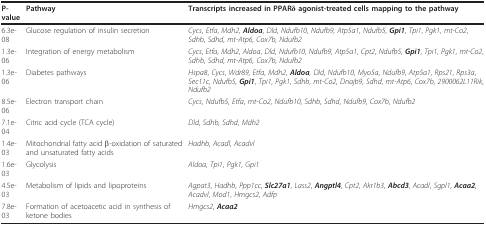
<table><thead><tr><td><b>P-value</b></td><td><b>Pathway</b></td><td><b>Transcripts increased in PPARδ agonist-treated cells mapping to the pathway</b></td></tr></thead><tbody><tr><td>6.3e-08</td><td>Glucose regulation of insulin secretion</td><td><i>Cycs</i>, <i>Etfa</i>, <i>Mdh2</i>, <i><b>Aldoa</b></i>, <i>Dld</i>, <i>Ndufb10</i>, <i>Ndufb9</i>, <i>Atp5a1</i>, <i>Ndufb5</i>, <i><b>Gpi1</b></i>, <i>Tpi1</i>, <i>Pgk1</i>, <i>mt-Co2</i>, <i>Sdhb</i>, <i>Sdhd</i>, <i>mt-Atp6</i>, <i>Cox7b</i>, <i>Ndufb2</i></td></tr><tr><td>1.3e-06</td><td>Integration of energy metabolism</td><td><i>Cycs</i>, <i>Etfa</i>, <i>Mdh2</i>, <i>Aldoa</i>, <i>Dld</i>, <i>Ndufb10</i>, <i>Ndufb9</i>, <i>Atp5a1</i>, <i>Cpt2</i>, <i>Ndufb5</i>, <i><b>Gpi1</b></i>, <i>Tpi1</i>, <i>Pgk1</i>, <i>mt-Co2</i>, <i>Sdhb</i>, <i>Sdhd</i>, <i>mt-Atp6</i>, <i>Cox7b</i>, <i>Ndufb2</i></td></tr><tr><td>1.3e-06</td><td>Diabetes pathways</td><td><i>Hspa8</i>, <i>Cycs</i>, <i>Wdr89</i>, <i>Etfa</i>, <i>Mdh2</i>, <i><b>Aldoa</b></i>, <i>Dld</i>, <i>Ndufb10</i>, <i>Myo5a</i>, <i>Ndufb9</i>, <i>Atp5a1</i>, <i>Rps21</i>, <i>Rps3a</i>, <i>Sec11c</i>, <i>Ndufb5</i>, <i><b>Gpi1</b></i>, <i>Tpi1</i>, <i>Pgk1</i>, <i>Sdhb</i>, <i>mt-Co2</i>, <i>Dnajb9</i>, <i>Sdhd</i>, <i>mt-Atp6</i>, <i>Cox7b</i>, <i>2900062L11Rik</i>, <i>Ndufb2</i></td></tr><tr><td>8.5e-06</td><td>Electron transport chain</td><td><i>Cycs</i>, <i>Ndufb5</i>, <i>Etfa</i>, <i>mt-Co2</i>, <i>Ndufb10</i>, <i>Sdhb</i>, <i>Sdhd</i>, <i>Ndufb9</i>, <i>Cox7b</i>, <i>Ndufb2</i></td></tr><tr><td>7.1e-04</td><td>Citric acid cycle (TCA cycle)</td><td><i>Dld</i>, <i>Sdhb</i>, <i>Sdhd</i>, <i>Mdh2</i></td></tr><tr><td>1.4e-03</td><td>Mitochondrial fatty acid β-oxidation of saturated and unsaturated fatty acids</td><td><i>Hadhb</i>, <i>Acadl</i>, <i>Acadvl</i></td></tr><tr><td>1.6e-03</td><td>Glycolysis</td><td><i>Aldoa</i>, <i>Tpi1</i>, <i>Pgk1</i>, <i>Gpi1</i></td></tr><tr><td>4.5e-03</td><td>Metabolism of lipids and lipoproteins</td><td><i>Agpat3</i>, <i>Hadhb</i>, <i>Ppp1cc</i>, <i><b>Slc27a1</b></i>, <i>Lass2</i>, <i><b>Angptl4</b></i>, <i>Cpt2</i>, <i>Akr1b3</i>, <i><b>Abcd3</b></i>, <i>Acadl</i>, <i>Sgpl1</i>, <i><b>Acaa2</b></i>, <i>Acadvl</i>, <i>Mod1</i>, <i>Hmgcs2</i>, <i>Adfp</i></td></tr><tr><td>7.8e-03</td><td>Formation of acetoacetic acid in synthesis of ketone bodies</td><td><i>Hmgcs2</i>, <i><b>Acaa2</b></i></td></tr></tbody></table>